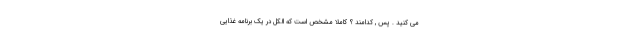
می کنید . پس , کدامند ؟ کاملا مشخص است که الکل در یک برنامه غذایی